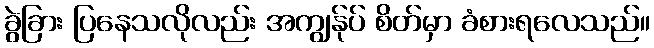
ခွဲခြား ပြနေသလိုလည်း အကျွန်ုပ် စိတ်မှာ ခံစားရလေသည်။